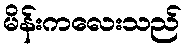
မိန်းကလေးသည်